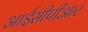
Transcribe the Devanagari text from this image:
आईसीपीआर